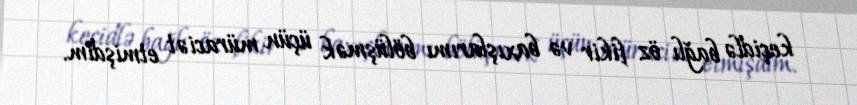
keçidlə bağlı öz fikir və baxışlarımı bölüşmək üçün müraciət etmişdim.